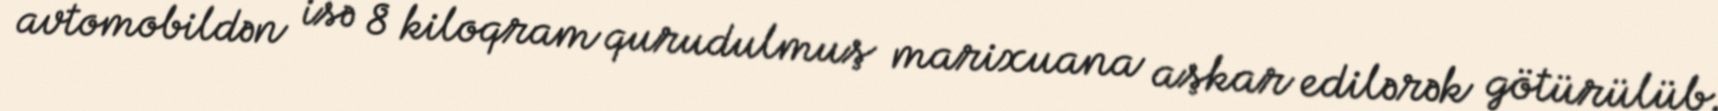
avtomobildən isə 8 kiloqram qurudulmuş marixuana aşkar edilərək götürülüb.